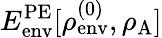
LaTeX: E_{\mathrm{env}}^{\mathrm{PE}}[\rho_{\mathrm{env}}^{(0)},\rho_{\mathrm{A}}]